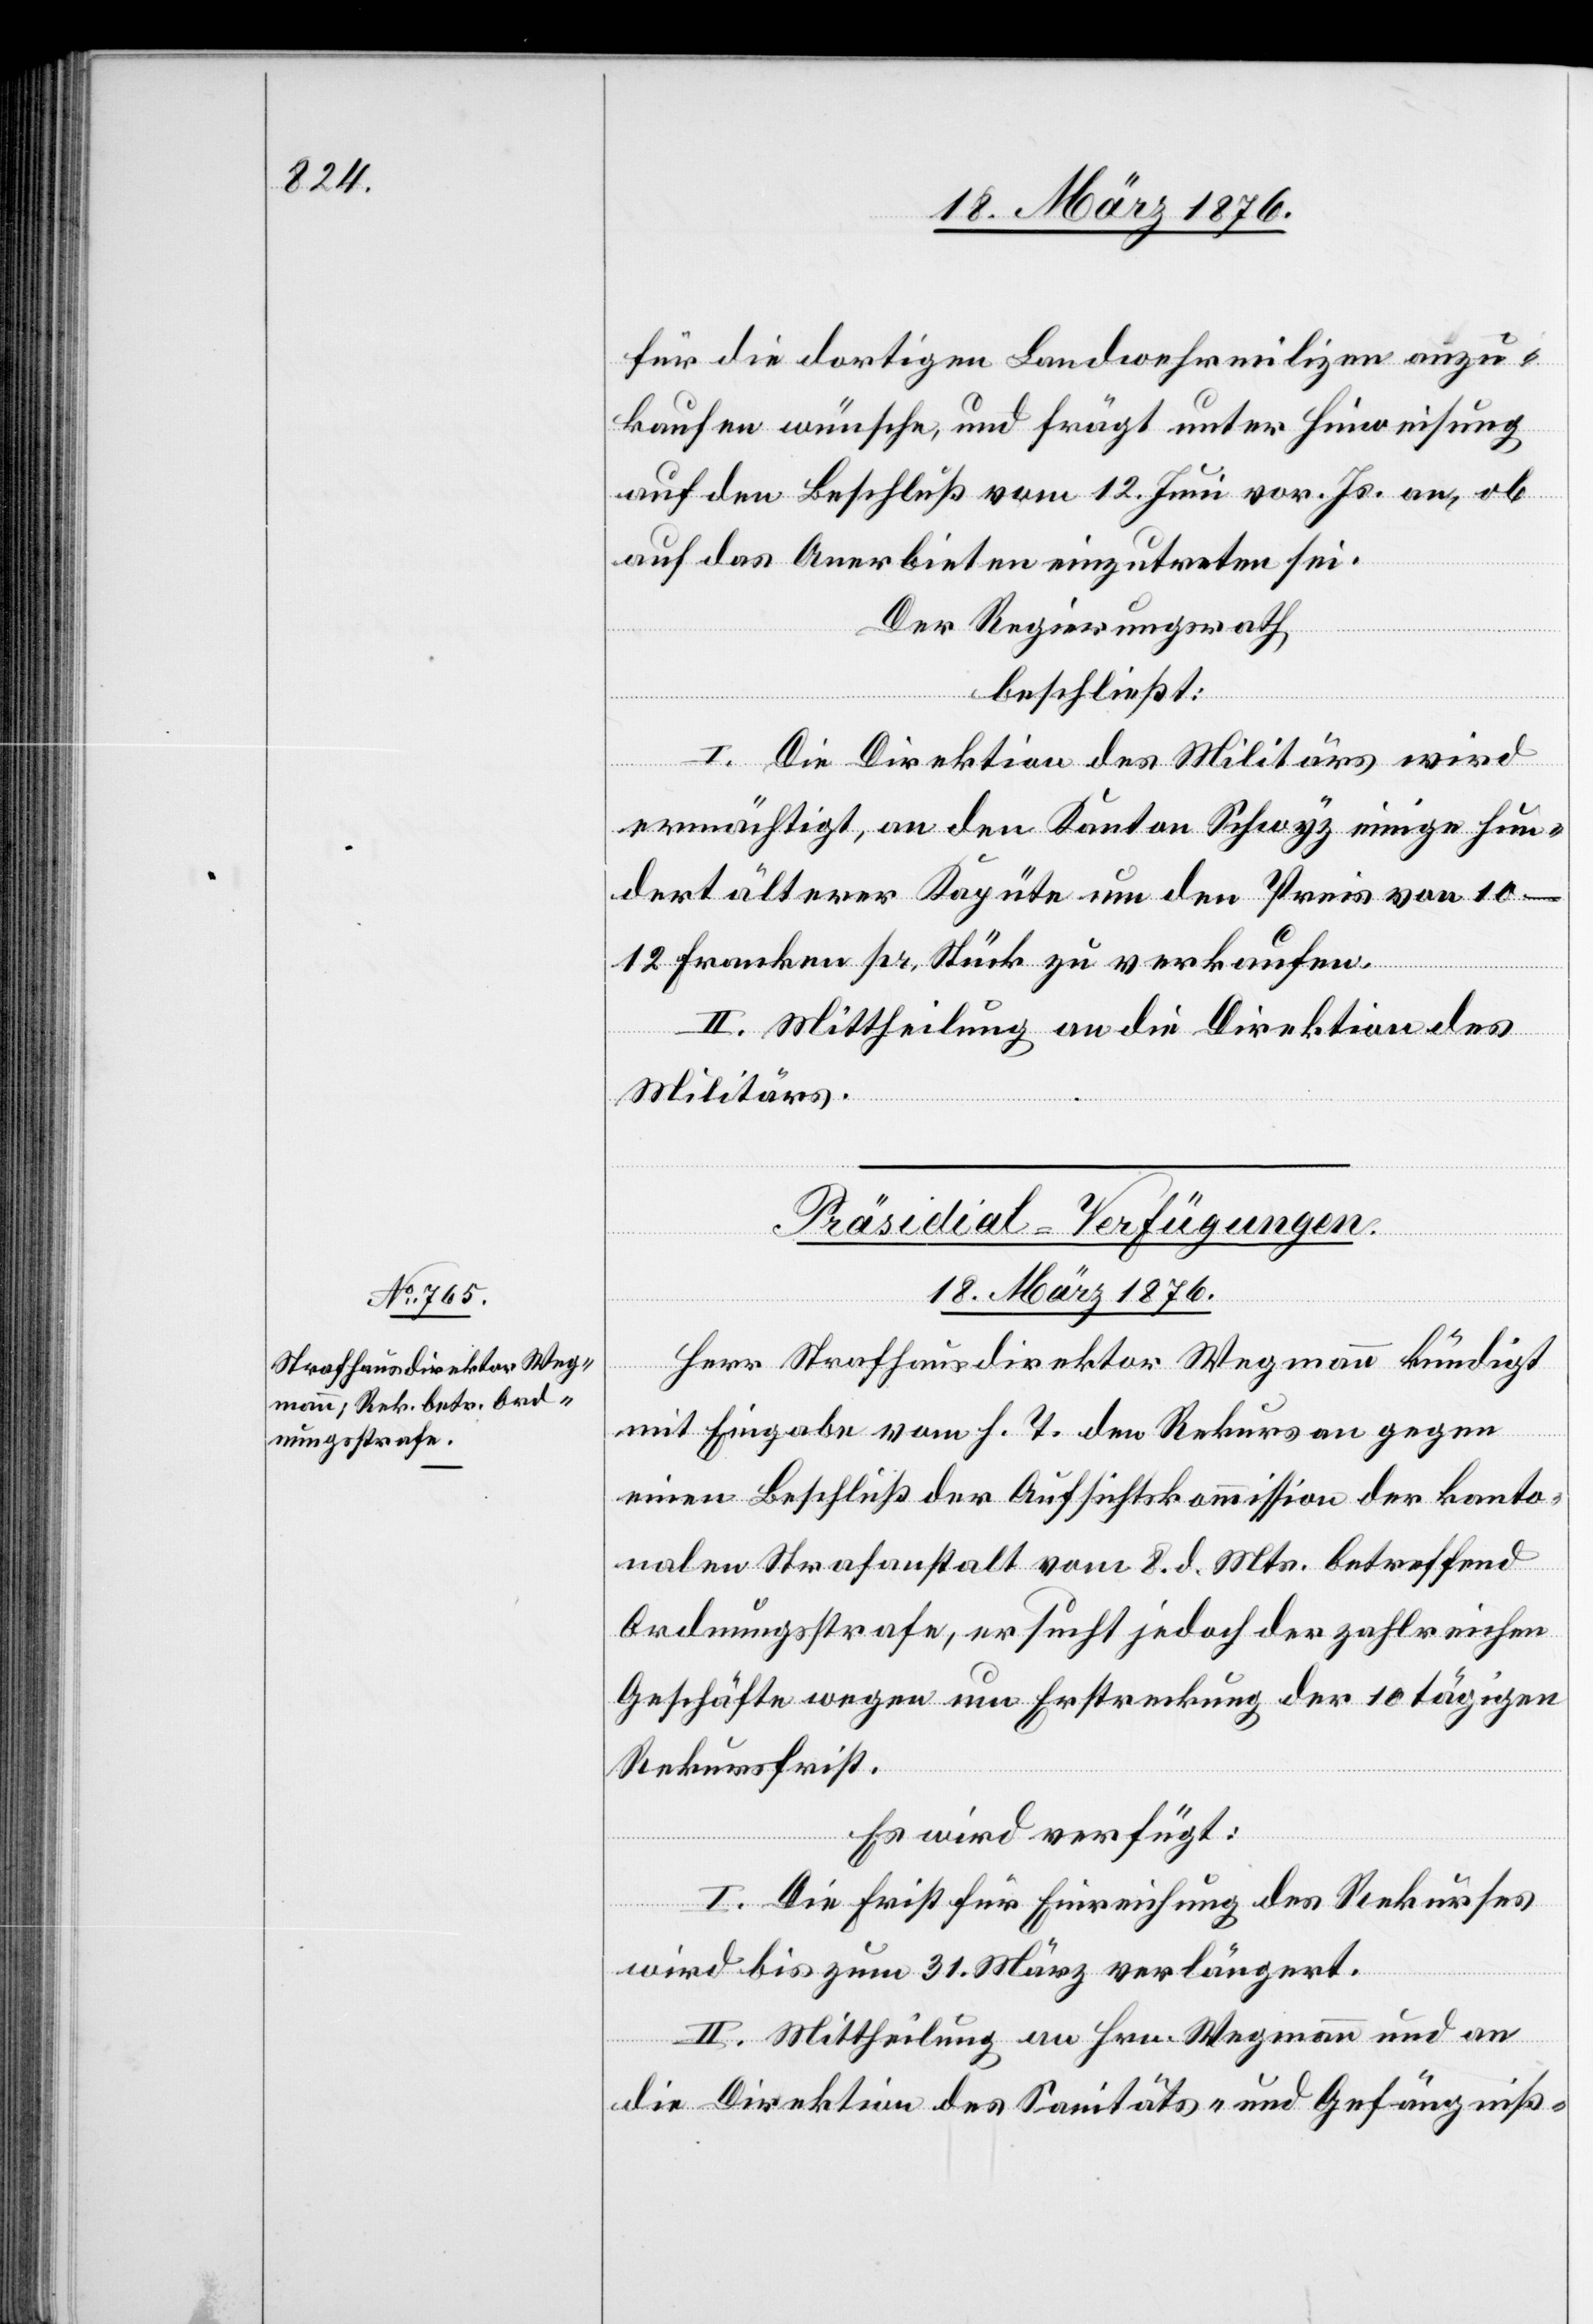
für die dortigen Landwehrmilizen anzu¬
kaufen wünsche, und frägt unter Hinweisung
auf den Beschluß vom 12. Juni vor. Js. an, ob
auf das Anerbieten einzutreten sei.
Der Regierungsrath,
beschließt:
I. Die Direktion des Militärs wird
ermächtigt, an den Kanton Schwyz einige hun¬
dert älterer Kapüte um den Preis von 10–12
Franken pr. Stück zu verkaufen.
II. Mittheilung an die Direktion des
Militärs.
Präsidial-Verfügungen
18. März 1876.
Herr Strafhausdirektor Wegmann kündigt
mit Eingabe vom h. T. den Rekurs an gegen
einen Beschluß der Aufsichtskommission der kanto¬
nalen Strafanstalt vom 8. d. Mts. betreffend
Ordnungsstrafe, ersucht jedoch der zahlreichen
Geschäfte wegen um Erstreckung der 10 tägigen
Rekursfrist.
Es wird verfügt:
I. Die Frist für Einreichung des Rekurses
wird bis zum 31. März verlängert.
II. Mittheilung an Hrn. Wegmann und an
die Direktion des Sanitäts- und Gefängniß-